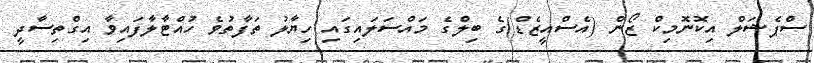
ސްޕެޝަލް އިކޮނޮމިކް ޒޯން (އެސްއީޒެޑް)ގެ ބިލްގެ މައްސަލައިގައި ހިޔާލު ތަފާތުވެ ހުއްޓާލާފައިވާ އިގްތިސާދީ